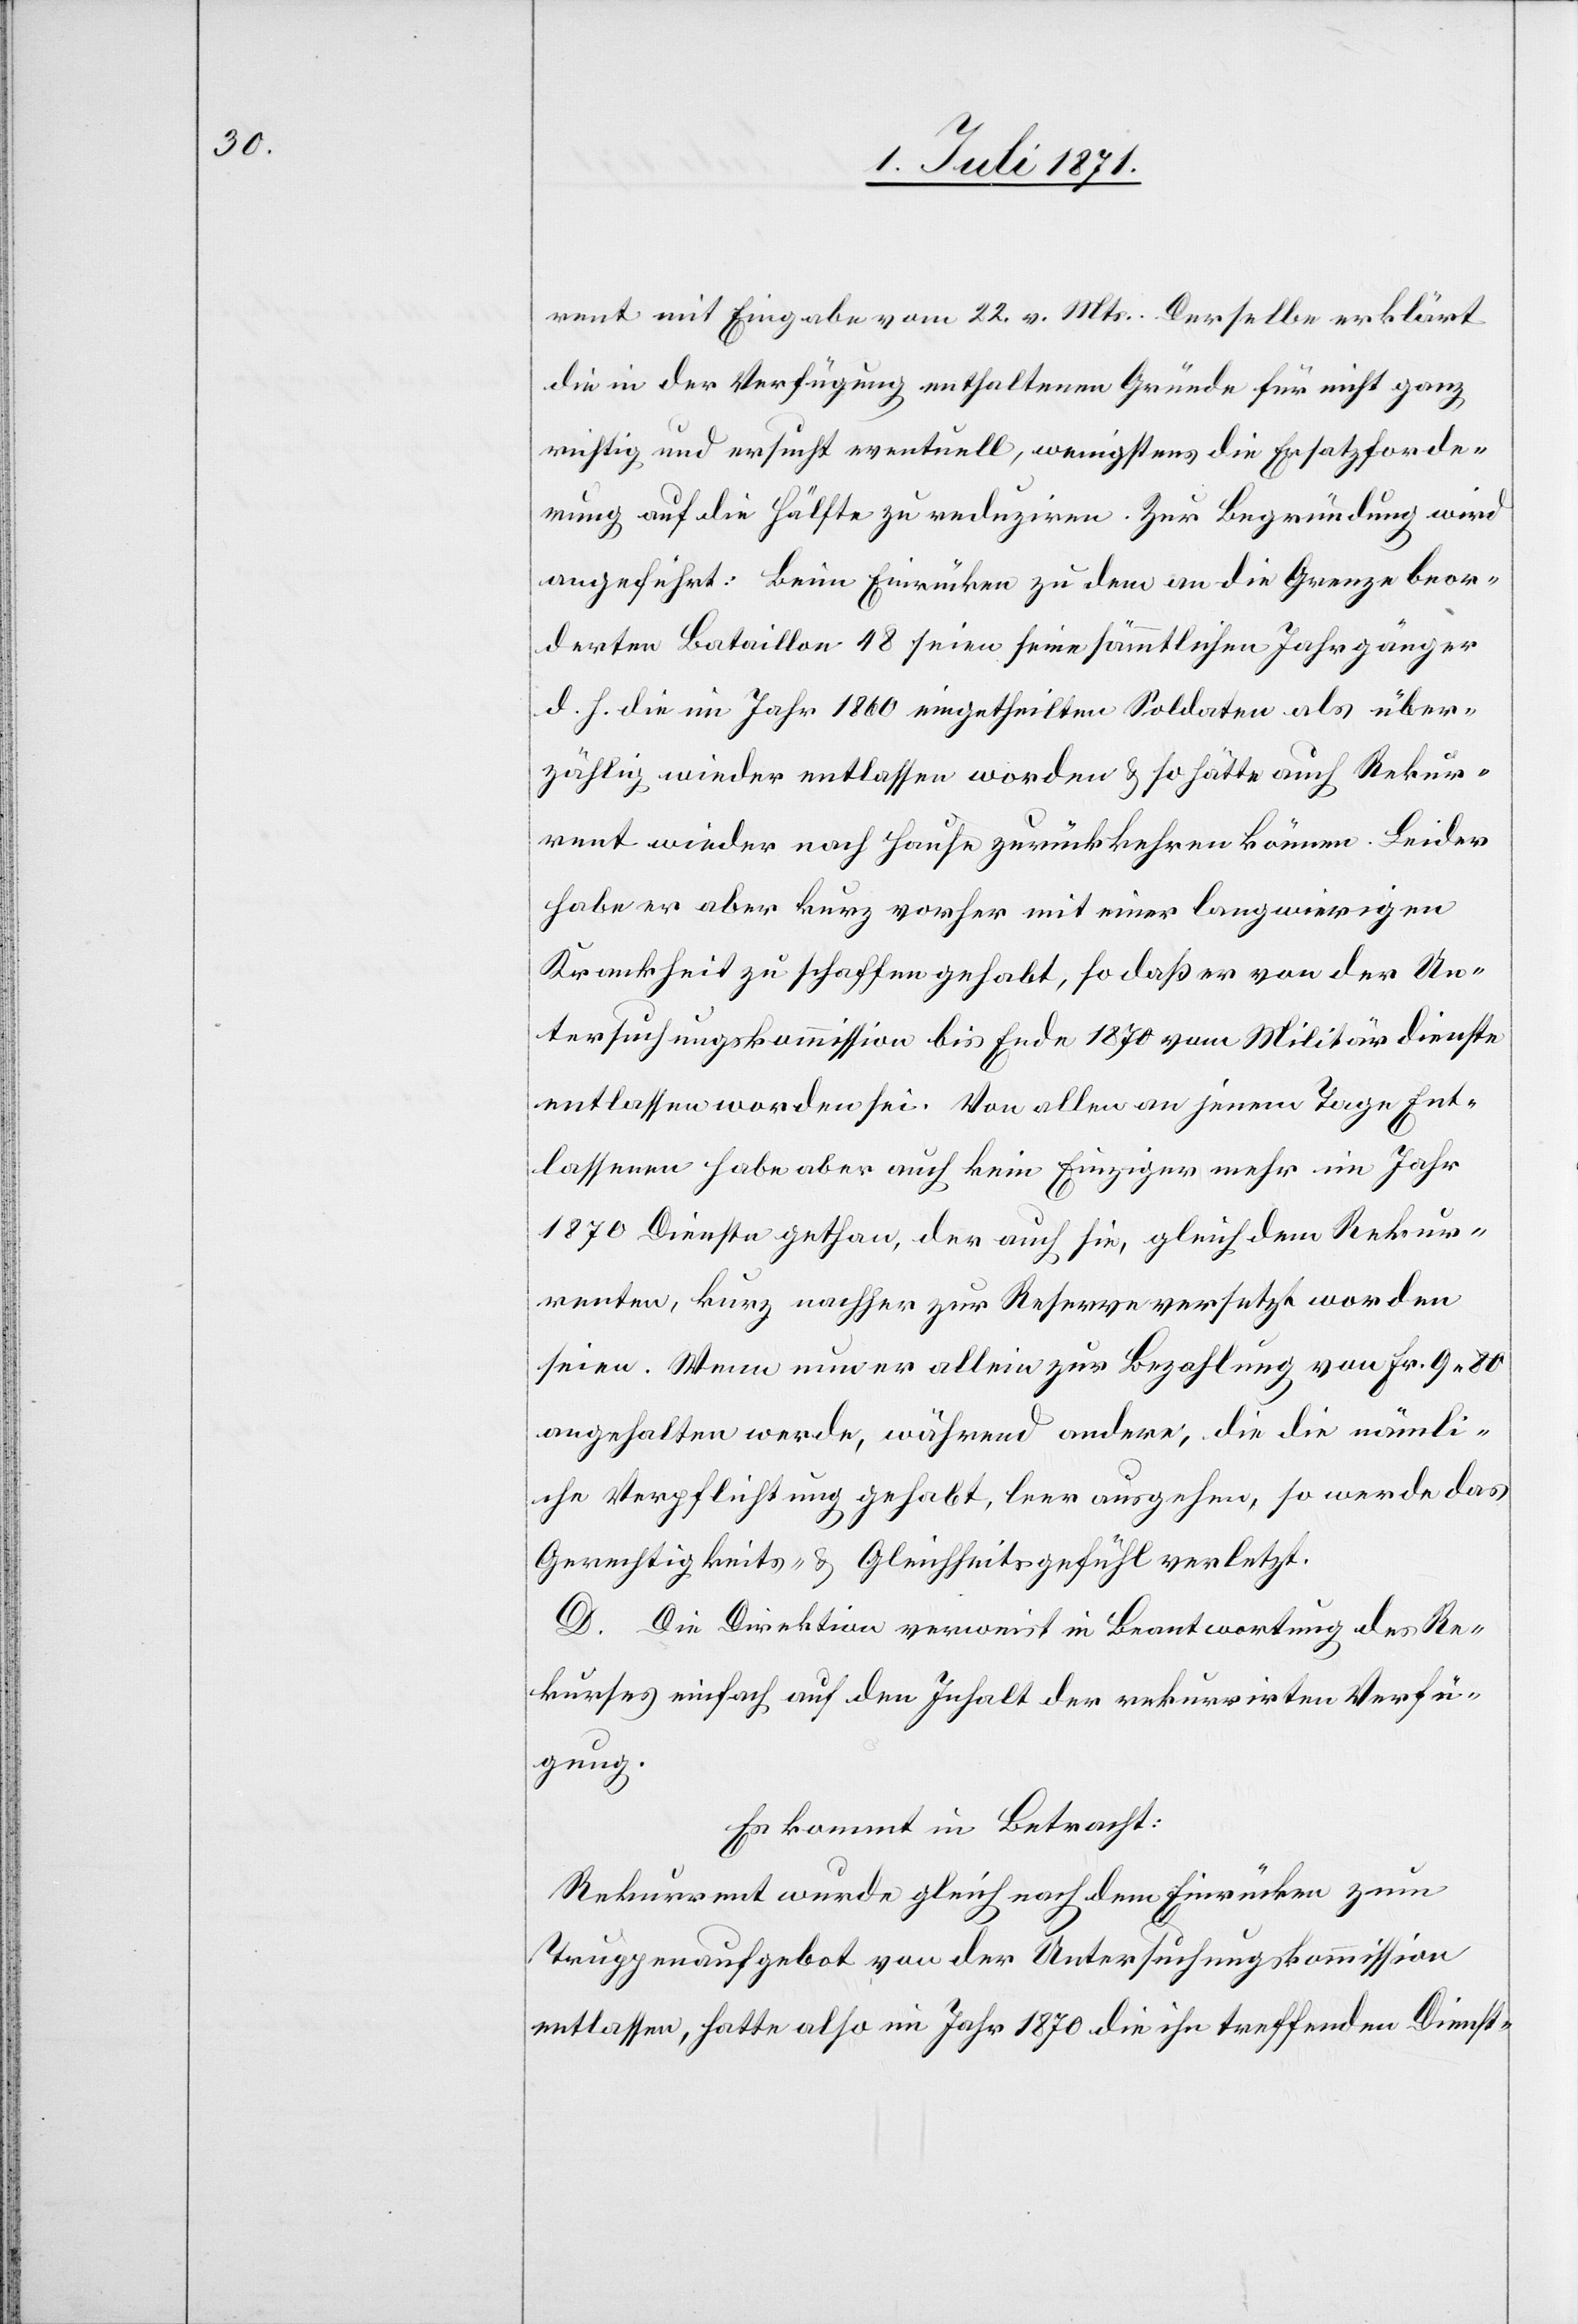
rent mit Eingabe vom 22. v. Mts. Derselbe erklärt
die in der Verfügung enthaltenen Gründe für nicht ganz
richtig und ersucht eventuell, wenigstens die Ersatzforde¬
rung auf die Hälfte zu reduziren. Zur Begründung wird
angeführt: Beim Einrücken zu dem an die Grenze beor¬
derten Bataillon 48 seien seine sämmtlichen Jahrgänger
d. h. die im Jahr 1860 eingetheilten Soldaten als über¬
zählig wieder entlassen worden u. so hätte auch Rekur¬
rent wieder nach Hause zurückkehren können. Leider
habe er aber kurz vorher mit einer langwierigen
Krankheit zu schaffen gehabt, so daß er von der Un¬
tersuchungskommission bis Ende 1870 vom Militärdienste
entlassen worden sei. Von allen an jenem Tage Ent¬
lassenen habe aber auch kein Einziger mehr im Jahr
1870 Dienst gethan, der auch sie, gleich dem Rekur¬
renten, kurz nachher zur Reserve versetzt worden
seien. Wenn nun er allein zur Bezahlung von Fr. 9.80
angehalten werde, während andere, die die nämli¬
che Verpflichtung gehabt, leer ausgehen, so werde das
Gerechtigkeits- u. Gleichheitsgefühl verletzt.
D. Die Direktion verweist in Beantwortung des Re¬
kurses einfach auf den Inhalt der rekurrirten Verfü¬
gung.
Es kommt in Betracht:
Rekurrent wurde gleich nach dem Einrücken zum
Truppenaufgebot von der Untersuchungskommission
entlassen, hatte also im Jahr 1870 die ihn treffenden Dienst-